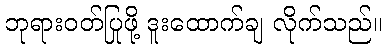
ဘုရားဝတ်ပြုဖို့ ဒူးထောက်ချ လိုက်သည်။